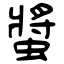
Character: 螿